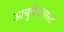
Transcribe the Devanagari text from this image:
आयुर्वेदशास्त्र